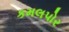
કમલપોર